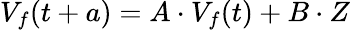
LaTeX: V_{f}(t+a)=A\cdot V_{f}(t)+B\cdot Z